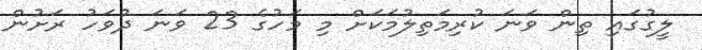
ލީގުގައި ތިން ވަނަ ކުރިމަތިލުމަކަށް މި މަހުގެ 23 ވަނަ ދުވަހު ރަށުން